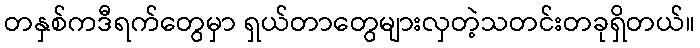
တနှစ်ကဒီရက်တွေမှာ ရှယ်တာတွေများလှတဲ့သတင်းတခုရှိတယ်။